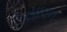
સાવન